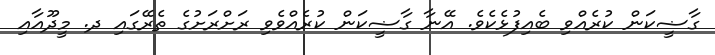
ގާޟީކަން ކުރެއްވި ބެއިފުޅެކެވެ. އޭނާ ގާޟީކަން ކުރެއްވެވި ރަށްރަށުގެ ތެރޭގައި ދ. މީދޫއާއި